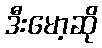
ဒီးမော့ဆို